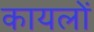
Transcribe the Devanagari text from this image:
कायलों